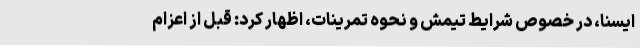
ایسنا، در خصوص شرایط تیمش و نحوه تمرینات، اظهار کرد: قبل از اعزام